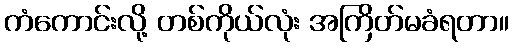
ကံကောင်းလို့ တစ်ကိုယ်လုံး အကြိတ်မခံရတာ။